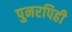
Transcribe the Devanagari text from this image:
पुनरपिही